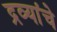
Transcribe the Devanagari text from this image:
द्रव्यांचे